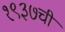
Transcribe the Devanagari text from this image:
१९३७ची